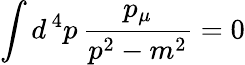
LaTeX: \int d^{\, 4}p\, {\frac{p_{\mu}}{p^{2}-m^{2}}}=0